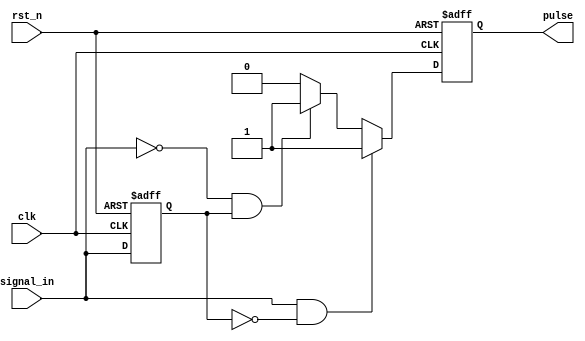
module pulse_edge_detector (
    input wire clk,          // Clock signal
    input wire rst_n,       // Active low reset
    input wire signal_in,    // Input signal for edge detection
    output reg pulse         // Pulse output
);

// Memory block to hold the previous state of the input signal
reg signal_prev;

// Pulse generation logic
always @(posedge clk or negedge rst_n) begin
    if (!rst_n) begin
        // Reset condition
        signal_prev <= 1'b0; // Initialize to low
        pulse <= 1'b0;       // Initialize pulse to low
    end else begin
        // Edge detection logic
        if (signal_in && !signal_prev) begin
            // Rising edge detected
            pulse <= 1'b1; // Generate pulse
        end else if (!signal_in && signal_prev) begin
            // Falling edge detected
            pulse <= 1'b1; // Generate pulse
        end else begin
            pulse <= 1'b0; // No edge detected
        end
        
        // Update previous state
        signal_prev <= signal_in;
    end
end

endmodule